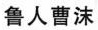
鲁人曹沫